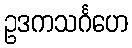
ဥဒကသင်္ဂဟေ